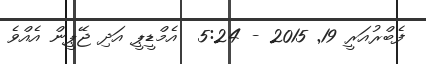
ފެބްރުއަރީ 19